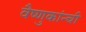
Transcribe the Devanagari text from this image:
वैष्णुकांन्ची